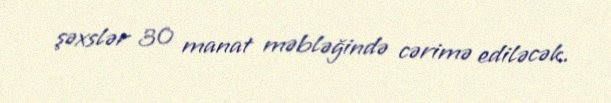
şəxslər 30 manat məbləğində cərimə ediləcək.